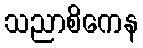
သညာစိကေန